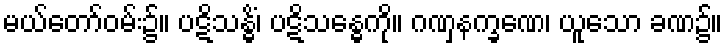
မယ်တော်ဝမ်း၌။ ပဋိသန္ဓိံ၊ ပဋိသန္ဓေကို။ ဂဏှနက္ခဏေ၊ ယူသော ခဏ၌။